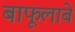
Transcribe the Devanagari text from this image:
बाफूलाबे